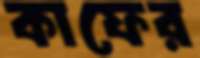
কাফের